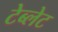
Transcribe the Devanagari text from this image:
टेब्लेट